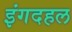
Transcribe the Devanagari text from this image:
इंगदहल